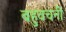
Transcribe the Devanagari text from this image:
बहुवचनी